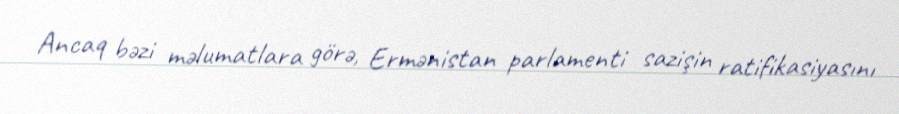
Ancaq bəzi məlumatlara görə, Ermənistan parlamenti sazişin ratifikasiyasını